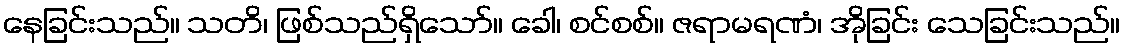
နေခြင်းသည်။ သတိ၊ ဖြစ်သည်ရှိသော်။ ခေါ၊ စင်စစ်။ ဇရာမရဏံ၊ အိုခြင်း သေခြင်းသည်။